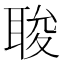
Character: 𮋰